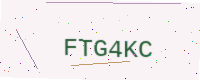
Text: FTG4KC